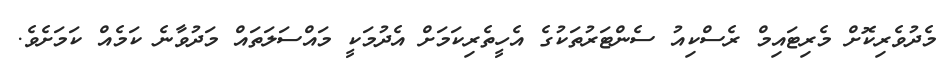
މެދުވެރިކޮށް މެރިޓައިމް ރެސްކިއު ސެންޓަރުތަކުގެ އެހީތެރިކަމަށް އެދުމަކީ މައްސަލަތައް މަދުވާނެ ކަމެއް ކަމަށެވެ.